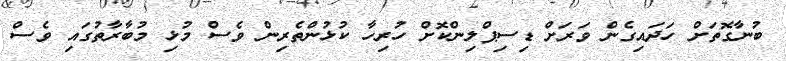
ބުނާގޮތަށް ހަދައިގެން ވަރަށް ޑިސިޕްލިންކޮށް ހުރިހާ ކުޅުންތެރިން ވެސް މުޅި މުބާރާތުގައި ވެސް